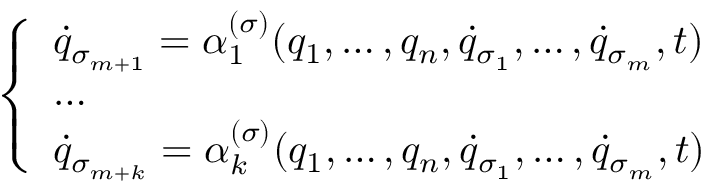
\left\{ \begin{array} { l l } { { \dot { q } } _ { \sigma _ { m + 1 } } = \alpha _ { 1 } ^ { ( \sigma ) } ( q _ { 1 } , \dots , q _ { n } , { \dot { q } } _ { \sigma _ { 1 } } , \dots , { \dot { q } } _ { \sigma _ { m } } , t ) } \\ { \dots } \\ { { \dot { q } } _ { { \sigma } _ { m + k } } = \alpha _ { k } ^ { ( \sigma ) } ( q _ { 1 } , \dots , q _ { n } , { \dot { q } } _ { \sigma _ { 1 } } , \dots , { \dot { q } } _ { \sigma _ { m } } , t ) } \end{array} \right.